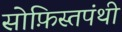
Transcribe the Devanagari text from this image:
सोफ़िस्तपंथी